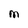
Character: M